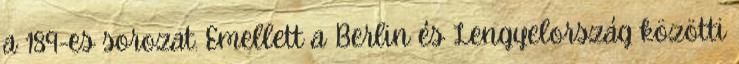
a 189-es sorozat. Emellett a Berlin és Lengyelország közötti